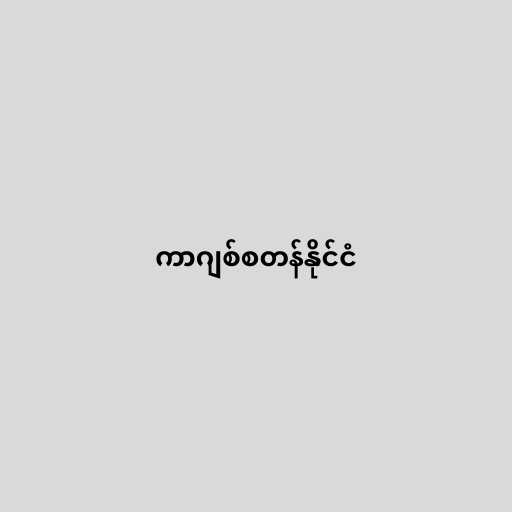
ကာဂျစ်စတန်နိုင်ငံ